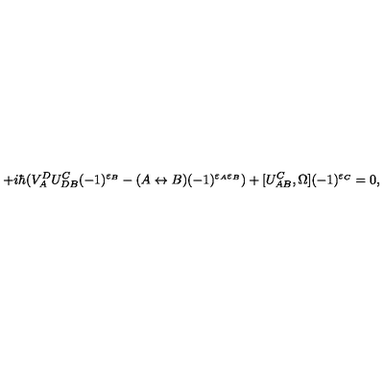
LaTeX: + i \hbar ( V _ { A } ^ { D } U _ { D B } ^ { C } ( - 1 ) ^ { \varepsilon _ { B } } - ( A \leftrightarrow B ) ( - 1 ) ^ { \varepsilon _ { A } \varepsilon _ { B } } ) + [ U _ { A B } ^ { C } , \Omega ] ( - 1 ) ^ { \varepsilon _ { C } } = 0 ,